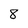
Character: 8